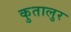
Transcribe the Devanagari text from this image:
कुतालुर